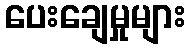
ပေးချေမှုများ